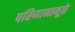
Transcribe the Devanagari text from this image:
परिणामामूळे